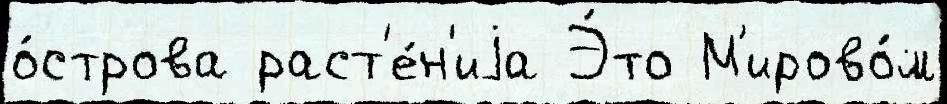
о́строва раст'е́н'иjа Э́то М'ирово́м